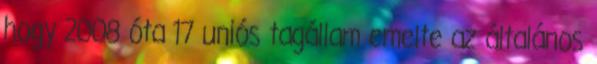
hogy 2008 óta 17 uniós tagállam emelte az általános